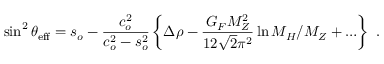
\sin ^ { 2 } \theta _ { \mathrm { e f f } } = s _ { o } - \frac { c _ { o } ^ { 2 } } { c _ { o } ^ { 2 } - s _ { o } ^ { 2 } } \left\{ \Delta \rho - \frac { G _ { F } M _ { Z } ^ { 2 } } { 1 2 \sqrt { 2 } \pi ^ { 2 } } \ln M _ { H } / M _ { Z } + \ldots \right\} ~ .